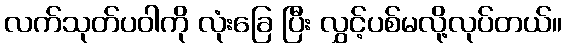
လက်သုတ်ပဝါကို လုံးခြေ ပြီး လွှင့်ပစ်မလို့လုပ်တယ်။